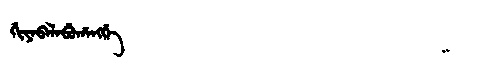
Manchu: ᡤᡳᠶᠠᠪᠠᠯᠠᠪᡠᡥᠠᠩᡤᡝ
Romanization: GIYABALABUHANGGE